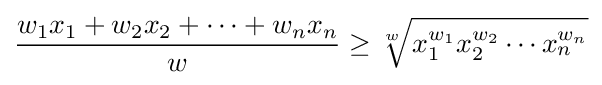
{\frac {w_{1}x_{1}+w_{2}x_{2}+\cdots +w_{n}x_{n}}{w}}\geq {\sqrt[{w}]{x_{1}^{w_{1}}x_{2}^{w_{2}}\cdots x_{n}^{w_{n}}}}